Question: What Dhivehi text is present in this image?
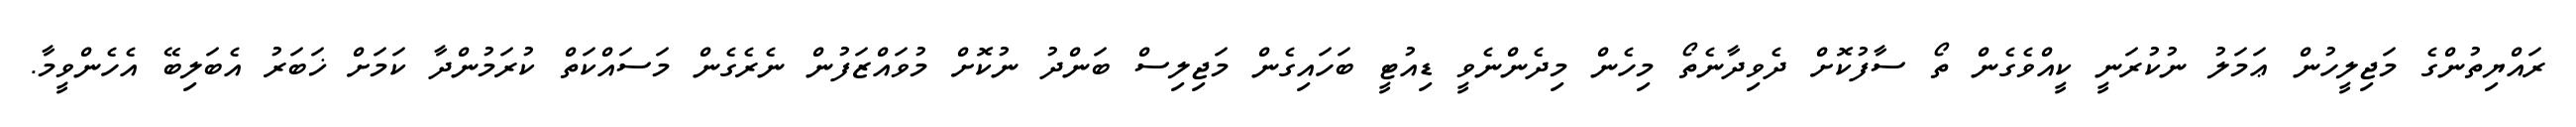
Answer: ރައްޔިތުންގެ މަޖިލީހުން ޢަމަލު ނުކުރަނީ ކީއްވެގެން ތޯ ސާފުކޮށް ދެވިދާނެތޯ މިހެން މިދެންނެވީ ޑިއުޓީ ބަހައިގެން މަޖިލިސް ބަންދު ނުކޮށް މުވައްޒަފުން ނެރެގެން މަސައްކަތް ކުރަމުންދާ ކަމަށް ޚަބަރު އެބަލިބޭ އެހެންވީމާ.